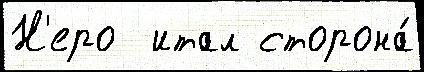
Н'еро  итал сторона́